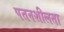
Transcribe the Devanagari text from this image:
पतनशीलता